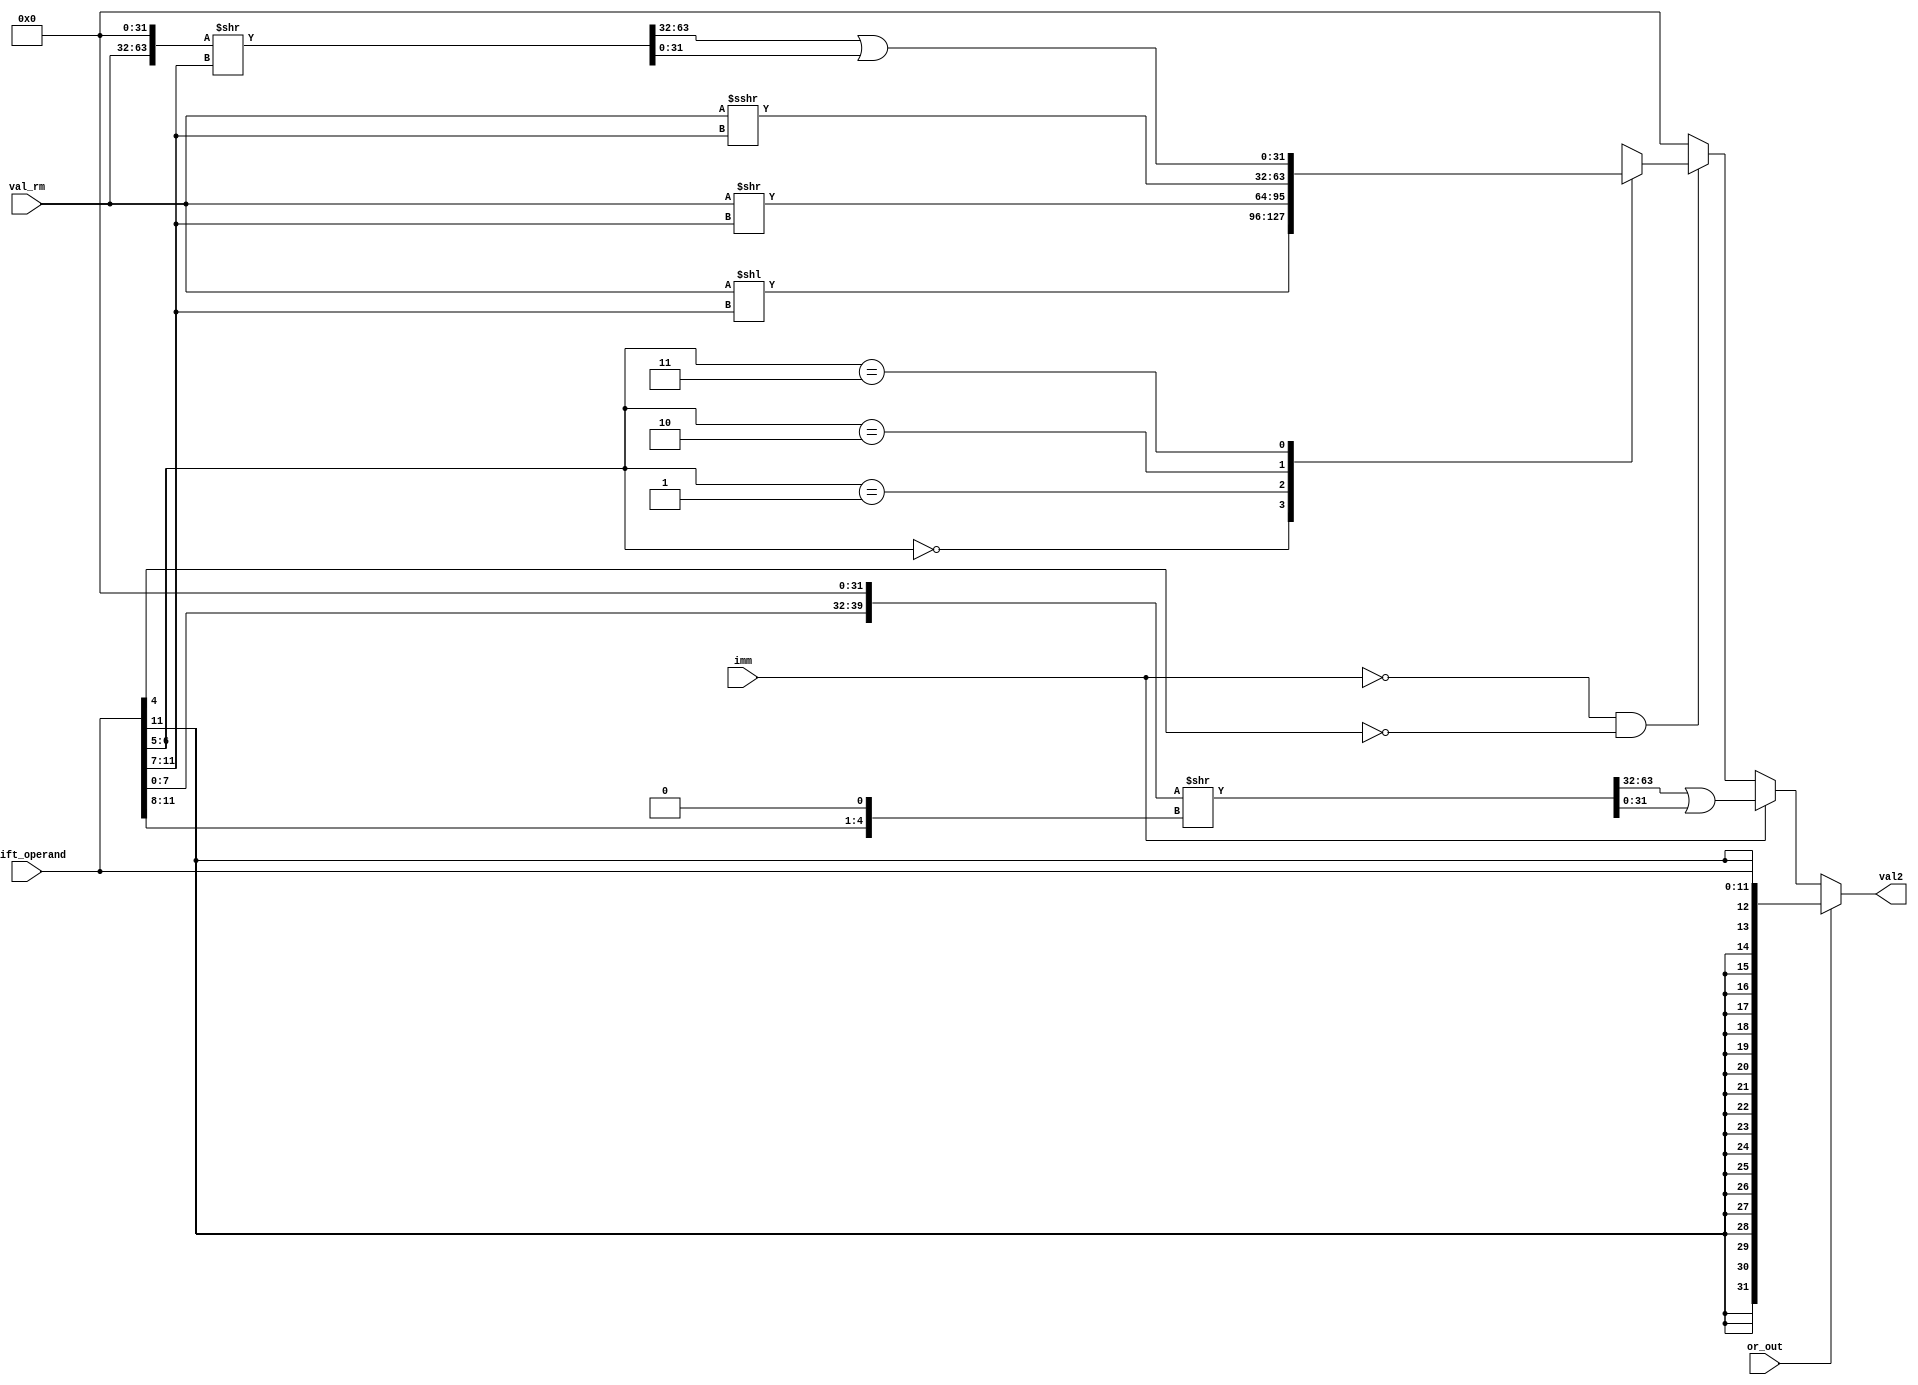
module Val2Generator (
  input [31:0]val_rm,
  input [11:0]shift_operand,
  input imm,
  input or_out,
  output reg[31:0] val2
);


  reg[63:0] temp_data;
  reg[63:0] shift_temp;
  wire[4:0] rotate_imm_mul2;
  assign rotate_imm_mul2 = (shift_operand[11:8] << 1);

  always @(*) begin
    temp_data = 64'd0;
    shift_temp = 64'd0;
    val2 = 32'd0;
    if(or_out == 1) begin
      val2 = {{20{shift_operand[11]}},shift_operand};
    end
    else if(imm == 1) begin
      val2 = {{24{1'b0}},shift_operand[7:0]};
      temp_data[63:32] = val2;
      shift_temp = temp_data >> rotate_imm_mul2;
      val2 = (shift_temp[63:32] | shift_temp[31:0]);
    end
    else if(imm == 0 && shift_operand[4] == 0) begin
      case(shift_operand[6:5])
        2'b00: val2 = val_rm << (shift_operand[11:7]);
        2'b01: val2 = val_rm >> (shift_operand[11:7]);
        2'b10: val2 = val_rm >>> (shift_operand[11:7]);
        2'b11: begin
          temp_data[63:32] = val_rm;
          shift_temp = temp_data >> shift_operand[11:7];
          val2 = (shift_temp[63:32] | shift_temp[31:0]);
        end
      endcase
    end
  end
endmodule